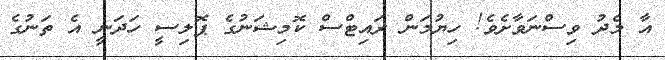
އާ މެދު ވިސްނަވާށެވެ! ހިޔުމަން ރައިޓްސް ކޮމިޝަނުގެ ޕޮލިސީ ހަދަނީ އެ ތަނުގެ